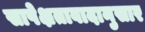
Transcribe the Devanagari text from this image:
सापेक्षतावादानुसार